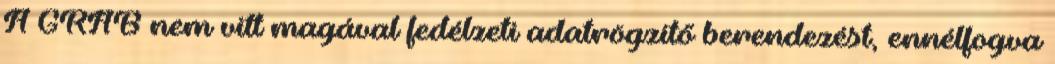
A GRAB nem vitt magával fedélzeti adatrögzítő berendezést, ennélfogva